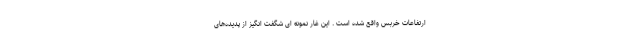
ارتفاعات خربس واقع شده است . این غار نمونه ای شگفت انگیز از پدیده‌های